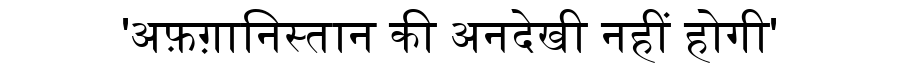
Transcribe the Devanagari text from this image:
'अफ़ग़ानिस्तान की अनदेखी नहीं होगी'